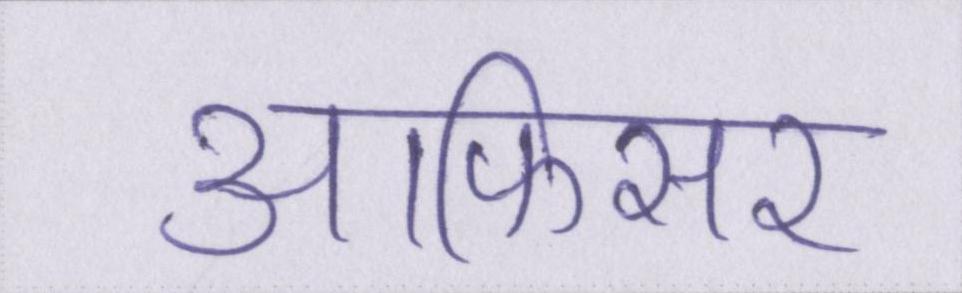
आफिसर